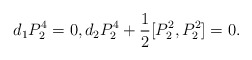
\begin{align*} d_1 P_2^4 = 0, d_2 P_2^4 +\frac12 [ P_2^2 , P_2^2 ] =0 .\end{align*}